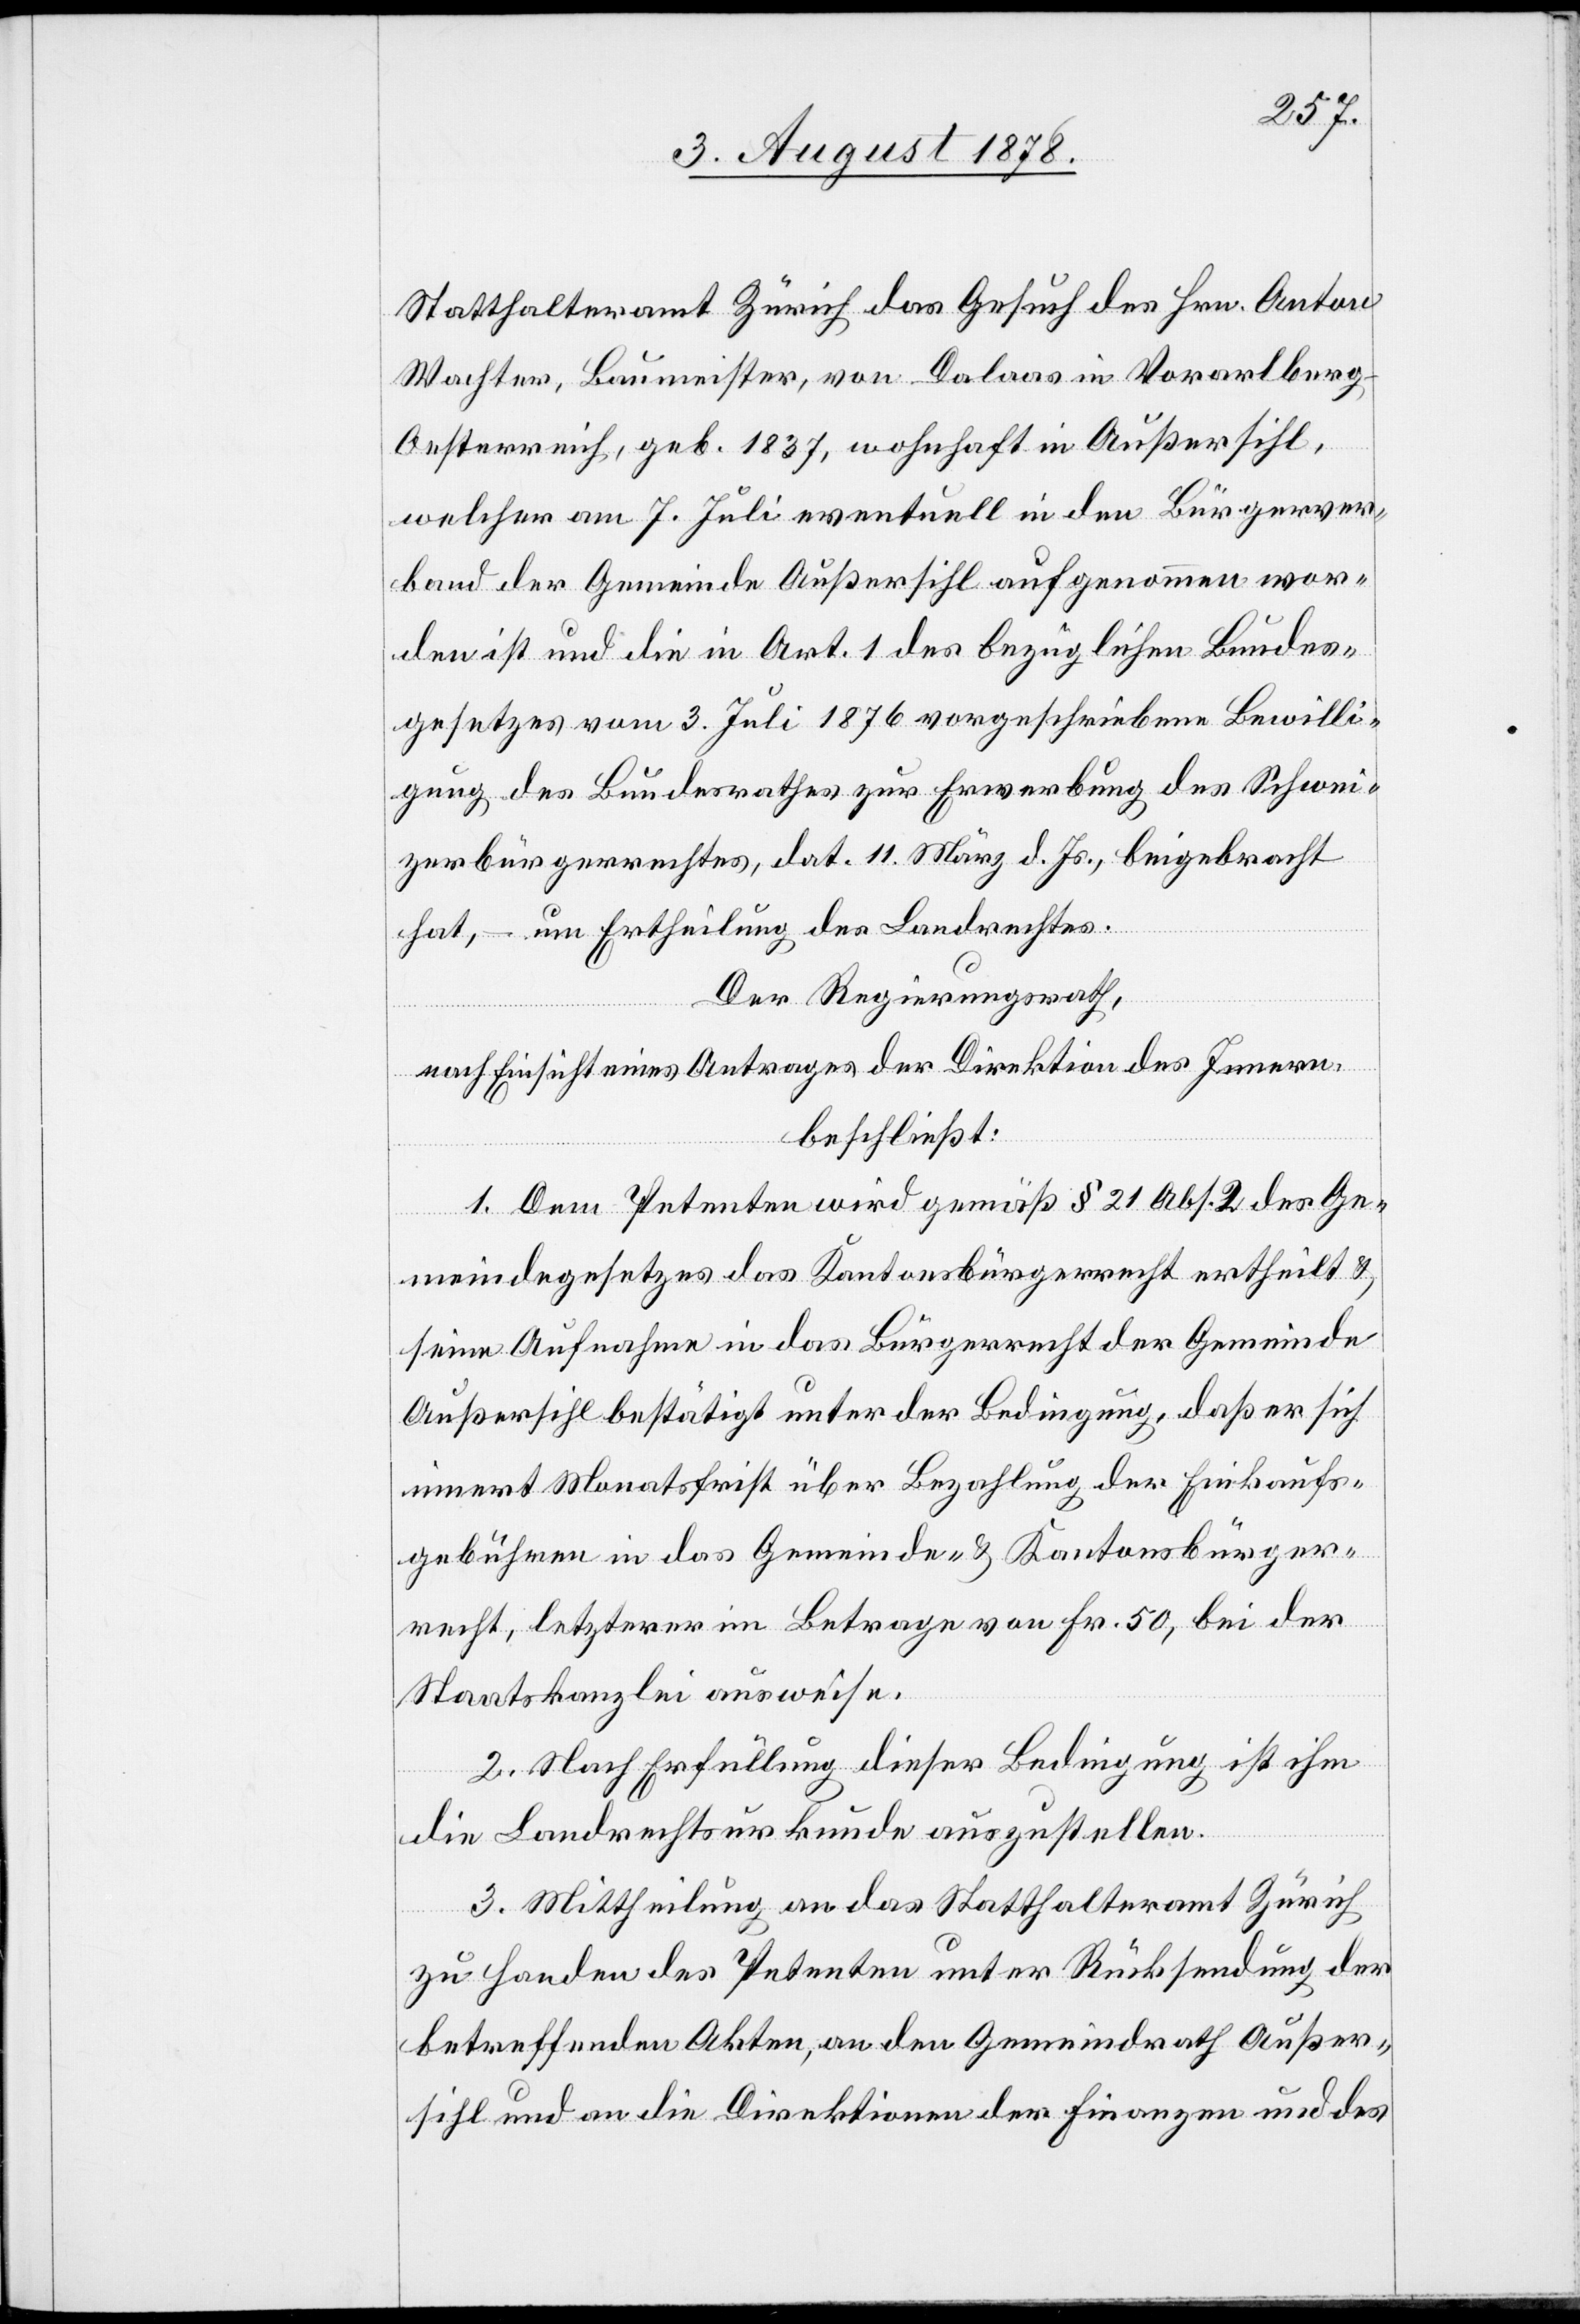
Statthalteramt Zürich das Gesuch des Hrn. Anton
Wachter, Baumeister von Dalaas in Vorarlberg
Oesterreich, geb. 1837, wohnhaft in Außersihl,
welcher am 7. Juli eventuell in den Bürgerver¬
band der Gemeinde Außersihl aufgenommen wor¬
den ist und die in Art. 1 des bezüglichen Bundes¬
gesetzes vom 3. Juli 1876 vorgeschriebene Bewilli¬
gung des Bundesrathes zur Erwerbung des Schwei¬
zerbürgerrechtes, dat. 11. März d. Js. beigebracht
hat, – um Ertheilung des Landrechtes.
Der Regierungsrath,
nach Einsicht eines Antrages der Direktion des Innern,
beschließt:
1. Dem Petenten wird gemäß § 21 Abs. 2 des Ge¬
meindegesetzes das Kantonsbürgerrecht ertheilt &
seine Aufnahme in das Bürgerrecht der Gemeinde
Außersihl bestätigt unter der Bedingung, daß er sich
innert Monatsfrist über Bezahlung der Einkaufs¬
gebühren in das Gemeinde- & Kantonsbürger¬
recht, letzterer im Betrage von Fr. 50, bei der
Staatskanzlei ausweise.
2. Nach Erfüllung dieser Bedingung ist ihm
die Landrechtsurkunde auszustellen.
3. Mittheilung an das Statthalteramt Zürich
zu Handen des Petenten unter Rücksendung der
betreffenden Akten, an den Gemeindrath Außer¬
sihl und die Direktion der Finanzen und des